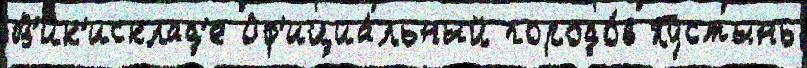
В'ик'исклад'е Оф'ициа́льный городо́в Пустынь